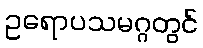
ဥရောပသမဂ္ဂတွင်